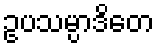
ဥပသမ္ပာဒိတေ